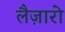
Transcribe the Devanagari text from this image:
लैज़ारो